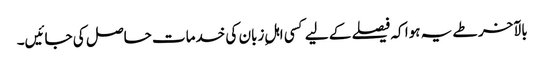
بالآخر طے یہ ہوا کہ فیصلے کے لیے کسی اہلِ زبان کی خدمات حاصل کی جائیں۔